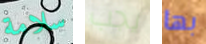
سلامة يجب بها